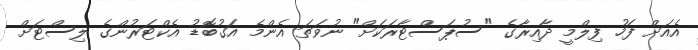
އެއަށް ފަހު ފިލްމީ ދާއިރާގެ "ސުޕަސްޓާރަކަށް" ނުވަތަ އެންމެ އަގުބޮޑު އެކްޓަރުންގެ ލިސްޓަށް